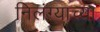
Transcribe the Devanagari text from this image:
निलंग्याच्या